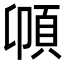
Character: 𩑝